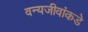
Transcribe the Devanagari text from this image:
वन्यजीवांकडे